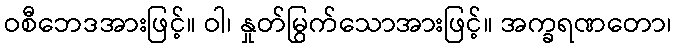
ဝစီဘေဒအားဖြင့်။ ဝါ၊ နှုတ်မြွက်သောအားဖြင့်။ အက္ခရဏတော၊